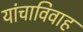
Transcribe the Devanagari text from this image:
यांचाविवाह